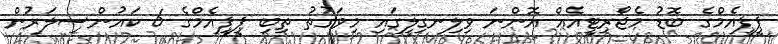
ޕީޕީއެމްގެ ބޮޑު މެޖޯރިޓީއެއް އޮންނަ ވިލިނގިލީގައި މިވަގުތު ތިބި ޕީޕީއެމްގެ 6 ކައުންސިލަރުން